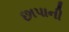
છાપાની